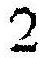
2